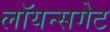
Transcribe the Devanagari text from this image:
लॉयन्सगेट